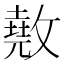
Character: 𢿲